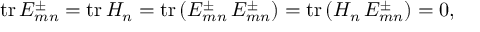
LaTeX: \mathrm { t r } \, E _ { m n } ^ { \pm } = \mathrm { t r } \, H _ { n } = \mathrm { t r } \, ( E _ { m n } ^ { \pm } \, E _ { m n } ^ { \pm } ) = \mathrm { t r } \, ( H _ { n } \, E _ { m n } ^ { \pm } ) = 0 ,